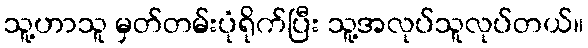
သူ့ဟာသူ မှတ်တမ်းပုံရိုက်ပြီး သူ့အလုပ်သူလုပ်တယ်။